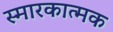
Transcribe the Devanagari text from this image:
स्मारकात्मक